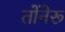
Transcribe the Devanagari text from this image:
तोंनेरू